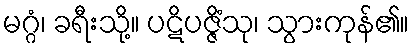
မဂ္ဂံ၊ ခရီးသို့။ ပဋိပဇ္ဇိံသု၊ သွားကုန်၏။